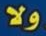
ولا